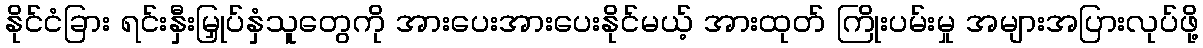
နိုင်ငံခြား ရင်းနှီးမြှုပ်နှံသူတွေကို အားပေးအားပေးနိုင်မယ့် အားထုတ် ကြိုးပမ်းမှု အများအပြားလုပ်ဖို့